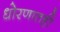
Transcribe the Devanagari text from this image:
धोरणातही